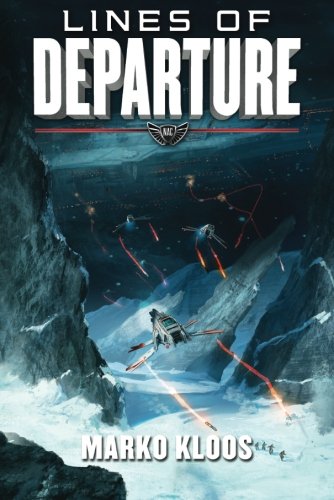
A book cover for Lines of Departure (Frontlines); Marko Kloos; Science Fiction & Fantasy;